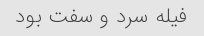
فیله سرد و سفت بود